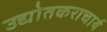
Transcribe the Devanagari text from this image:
उद्योतकराचार्य